Annual administration report of the Civil Veterinary Department of India - 1896-1897
Year: 1896
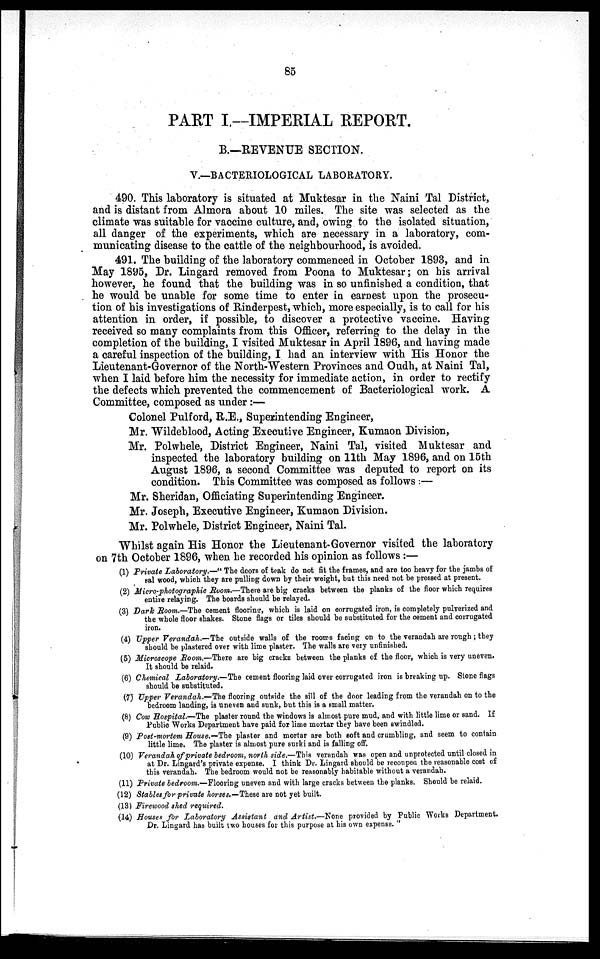
85
PART I—IMPERIAL REPORT.
B.—REVENUE SECTION.
V.—BACTERIOLOGICAL LABORATORY.
490. This laboratory is situated at Muktesar in the Naini Tal District,
and is distant from Almora about 10 miles. The site was selected as the
climate was suitable for vaccine culture, and, owing to the isolated situation,
all danger of the experiments, which are necessary in a laboratory, com-
municating disease to the cattle of the neighbourhood, is avoided.
491. The building of the laboratory commenced in October 1893, and in
May 1895, Dr. Lingard removed from Poona to Muktesar; on his arrival
however, he found that the building was in so unfinished a condition, that
he would be unable for some time to enter in earnest upon the prosecu-
tion of his investigations of Rinderpest, which, more especially, is to call for his
attention in order, if possible, to discover a protective vaccine. Having
received so many complaints from this Officer, referring to the delay in the
completion of the building, I visited Muktesar in April 1896, and having made
a careful inspection of the building, I had an interview with His Honor the
Lieutenant-Governor of the North-Western Provinces and Oudh, at Naini Tal,
when I laid before him the necessity for immediate action, in order to rectify
the defects which prevented the commencement of Bacteriological work. A
Committee, composed as under:—
Colonel Pulford, R.E., Superintending Engineer,
Mr. Wildeblood, Acting Executive Engineer, Kumaon Division,
Mr. Polwhele, District Engineer, Naini Tal, visited Muktesar and
inspected the laboratory building on 11th May 1896, and on 15th
August 1896, a second Committee was deputed to report on its
condition. This Committee was composed as follows:—
Mr. Sheridan, Officiating Superintending Engineer.
Mr. Joseph, Executive Engineer, Kumaon Division.
Mr. Polwhele, District Engineer, Naini Tal.
Whilst again His Honor the Lieutenant-Governor visited the laboratory
on 7th October 1896, when he recorded his opinion as follows:—
(1) Private Laboratory.—" The doors of teak do not fit the frames, and are too heavy for the jambs of
sal wood, which they are pulling down by their weight, but this need not be pressed at present.
(2) Micro-photographic Room.—There are big cracks between the planks of the floor which requires
entire relaying. The boards should be relayed.
(3) Dark Room.—The cement flooring, which is laid on corrugated iron, is completely pulverized and
the whole floor shakes. Stone flags or tiles should be substituted for the cement and corrugated
iron.
(4) Upper Verandah.—The outside walls of the rooms facing on to the verandah are rough; they
should be plastered over with lime plaster. The walls are very unfinished.
(5) Microscope Room.—There are big cracks between the planks of the floor, which is very uneven.
It should be relaid.
(6) Chemical Laboratory.—The cement flooring laid over corrugated iron is breaking up. Stone flags
should be substituted.
(7) Upper Verandah.—The flooring outside the sill of the door leading from the verandah on to the
bedroom landing, is uneven and sunk, but this is a small matter.
(8) Cow Hospital.—The plaster round the windows is almost pure mud, and with little lime or sand. If
Public Works Department have paid for lime mortar they have been swindled.
(9) Post-mortem House.—The plaster and mortar are both soft and crumbling, and seem to contain
little lime. The plaster is almost pure surki and is falling off.
(10) Verandah of private bedroom, north side.—This verandah was open and unprotected until closed in
at Dr. Lingard's private expense. I think Dr. Lingard should be recouped the reasonable cost of
this verandah. The bedroom would not be reasonably habitable without a verandah.
(11) Private bedroom.—Flooring uneven and with large cracks between the planks. Should be relaid.
(12) Stables for private horses.—These are not yet built.
(13) Firewood shed required.
(14) Houses for Laboratory Assistant and Artist.—None provided by Public Works Department.
Dr. Lingard has built two houses for this purpose at his own expense. "